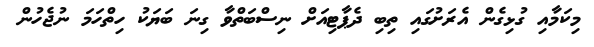
މިކަމާއި ގުޅިގެން އެރަށުގައި ތިބި ދެޕާޓިއަށް ނިސްބަތްވާ ގިނަ ބަޔަކު ހިތްހަަމަ ނުޖެހުން